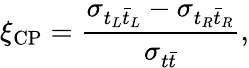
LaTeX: \xi_{\mathrm{CP}}=\frac{\sigma_{t_{L}\bar{t}_{L}}-\sigma_{t_{R}\bar{t}_{R}}}{\sigma_{t\bar{t}}},